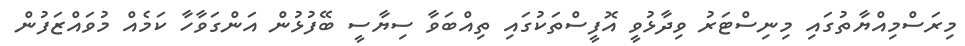
މިރަސްމިއްޔާތުގައި މިނިސްޓަރު ވިދާޅުވީ އޮފީސްތަކުގައި ތިއްބަވާ ސިޔާސީ ބޭފުޅުން އަންގަވާހާ ކަމެއް މުވައްޒަފުން